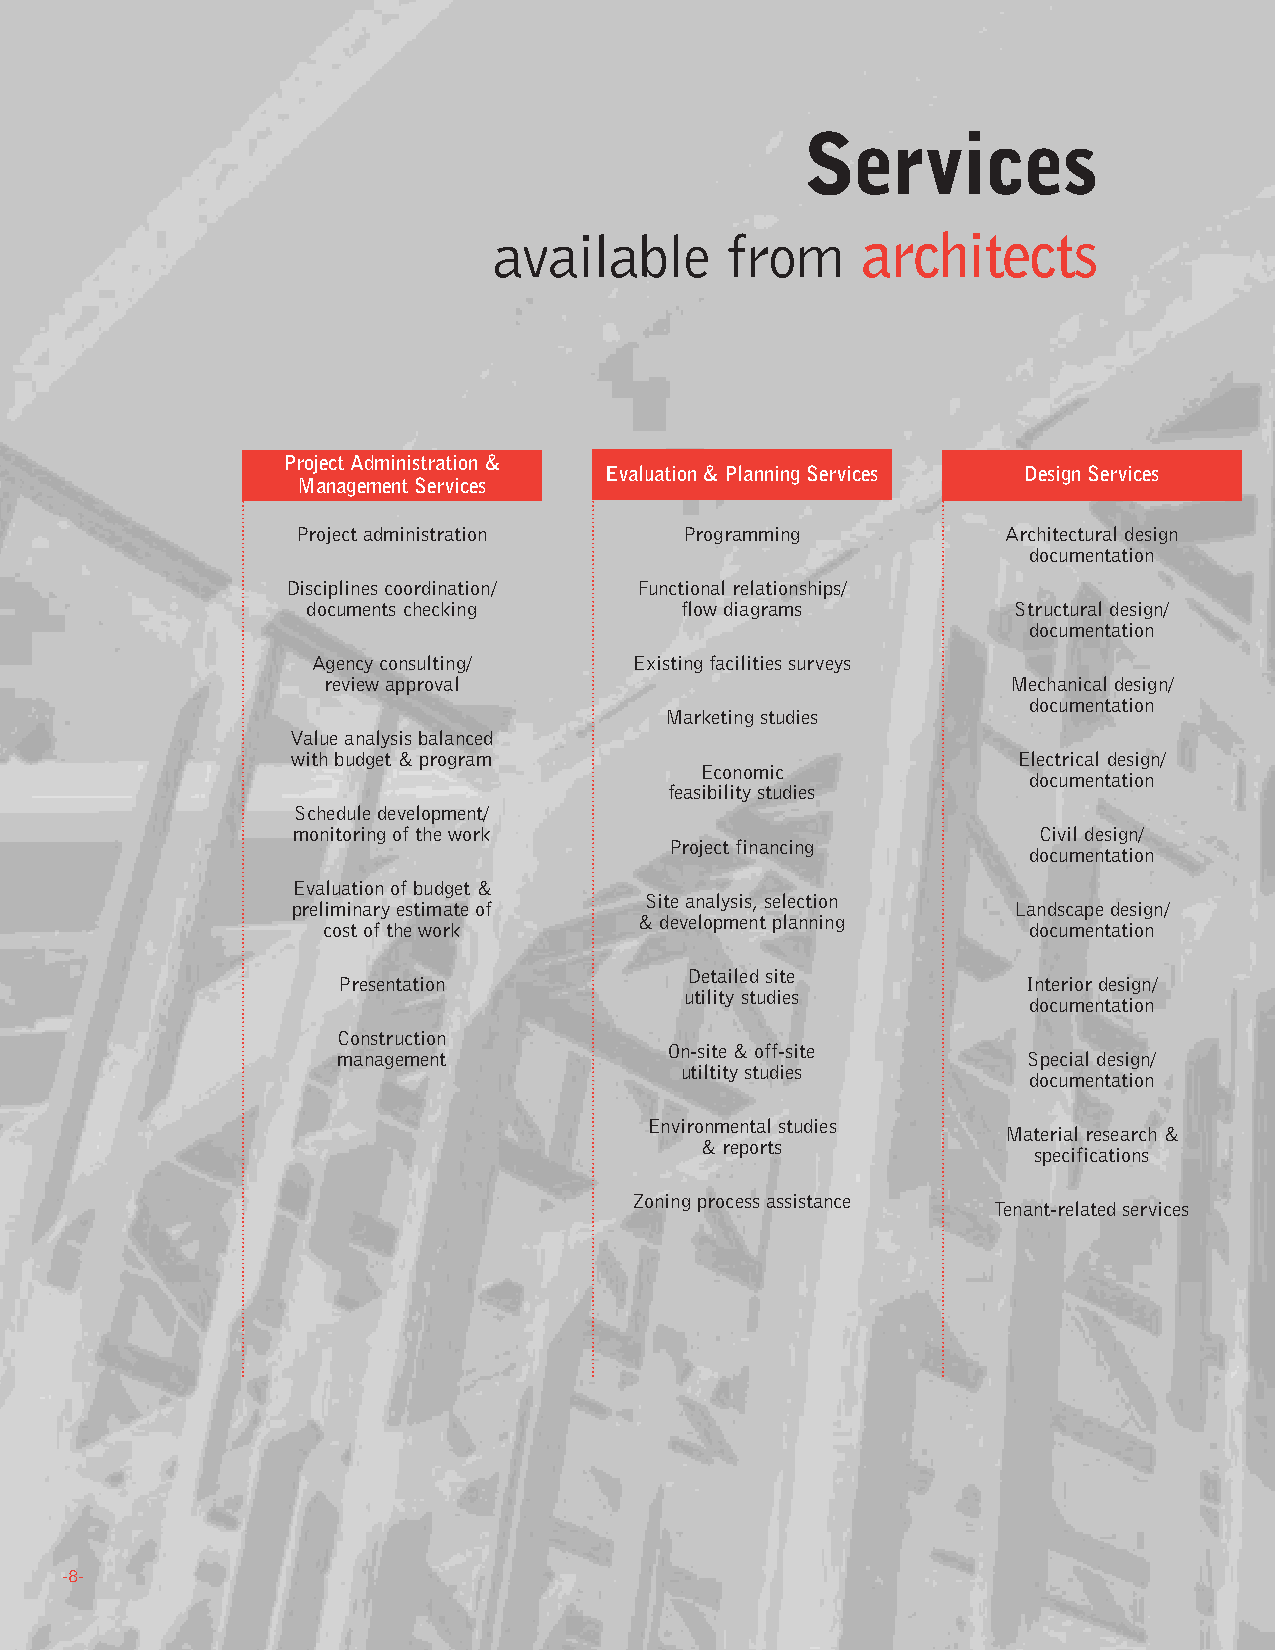
. . . .
 Services
 available      from     architects
 Project Administration &
 Evaluation & Planning Services Design Services
 Management Services
 Project administration   Programming           Architectural design
 documentation
 Disciplines coordination/ Functional relationships/
 documents checking       flow diagrams         Structural design/
 documentation
 Agency consulting/   Existing facilities surveys
 review approval                               Mechanical design/
 documentation
 Marketing studies
 Value analysis balanced
 with budget & program                           Electrical design/
 Economic
 documentation
 feasibility studies
 Schedule development/
 monitoring of the work                            Civil design/
 Project financing
 documentation
 Evaluation of budget &
 Site analysis, selection
 preliminary estimate of                         Landscape design/
 & development planning
 cost of the work                               documentation
 Detailed site
 Presentation                                  Interior design/
 utility studies
 documentation
 Construction
 On-site & off-site
 management                                    Special design/
 utiltity studies
 documentation
 Environmental studies
 Material research &
 & reports
 specifications
 Zoning process assistance
 Tenant-related services
 -8-